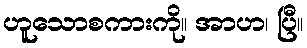
ဟူသောစကားကို။ အာဟ၊ ပြီ။